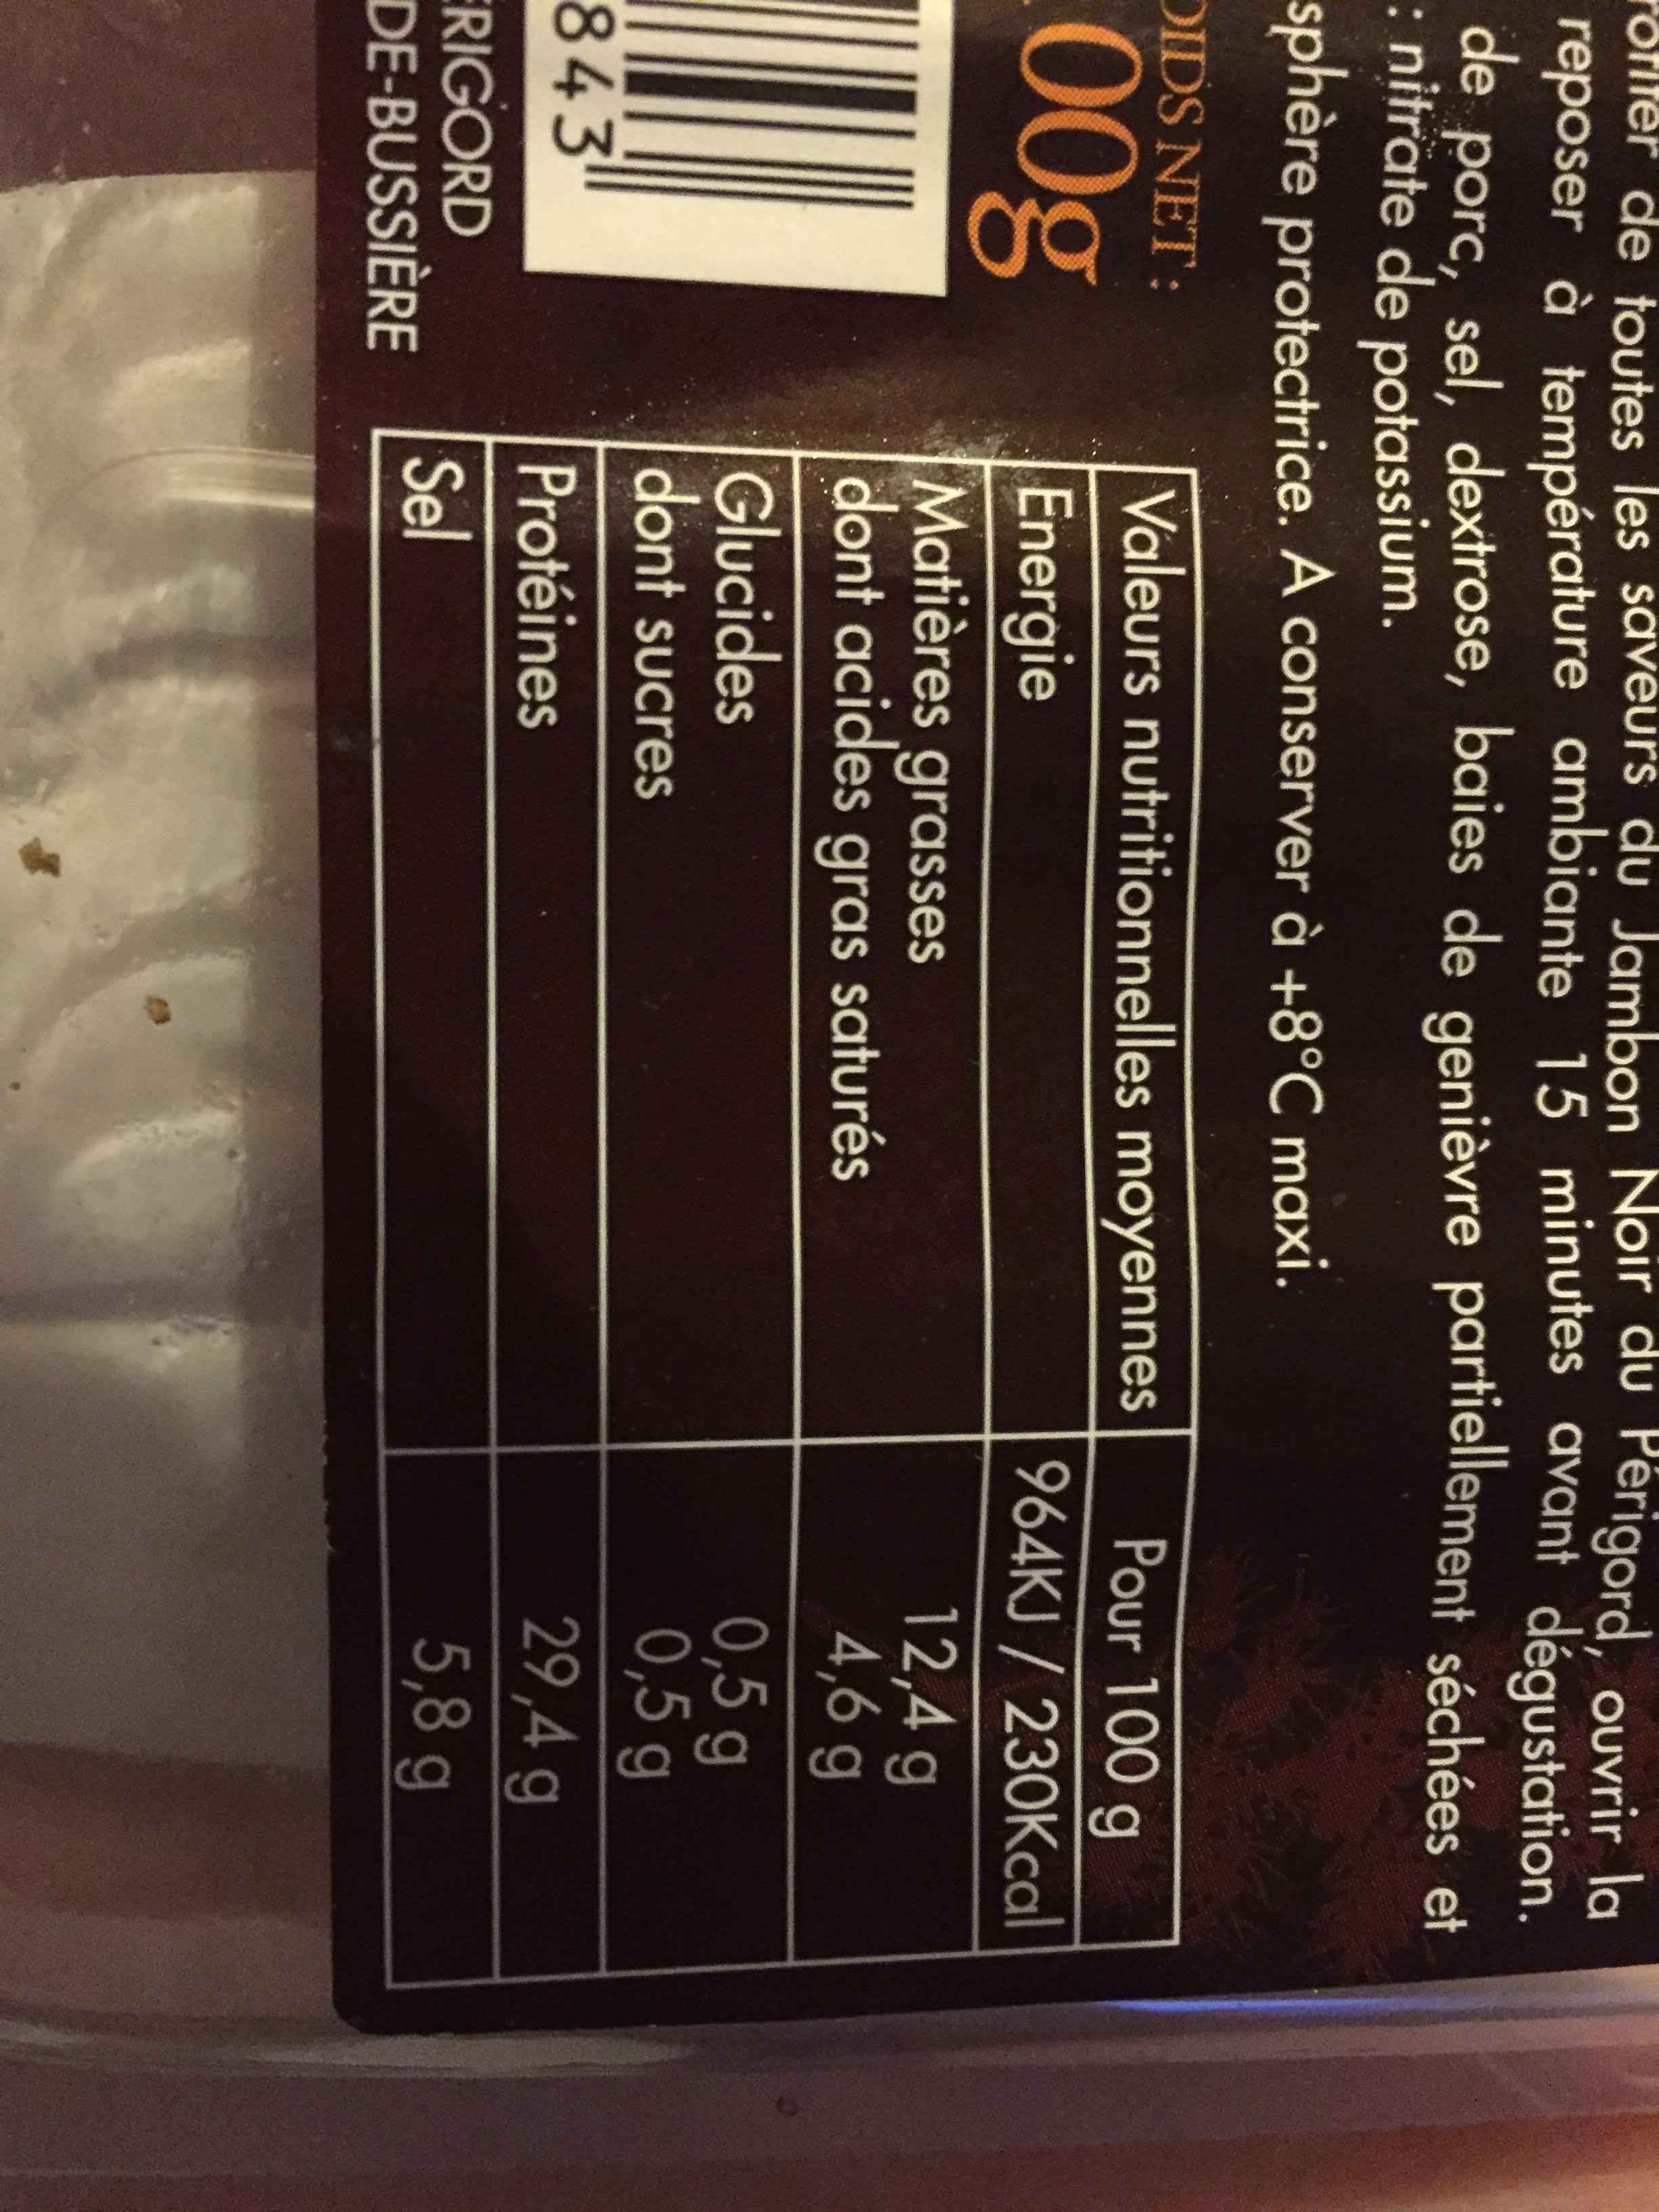
romer de toutes les saveurs du Jambon Noir du Perigord, ouvrir la reposer à température ambiante 15 minutes avant dégustation. de porc, sel, dextrose, baies de genièvre partiellement séchées et : nitrate de potassium.
sphère protectrice. A conserver à +8°C maxi.
DIDS NET:
00g
MUIN
843"
ERIGORD DE-BUSSIÈRE
Valeurs nutritionnelles moyennes
Energie
Matières grasses dont acides gras saturés
Glucides dont sucres
Protéines
Sel
Pour 100 g
964KJ/ 230Kcal
12,4 g
4,6 g
0,5 g
0,5 g
29,4 g
5,8 g